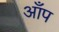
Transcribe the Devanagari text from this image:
आँप